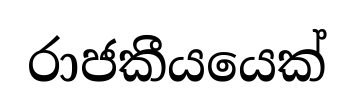
රාජකීයයෙක්